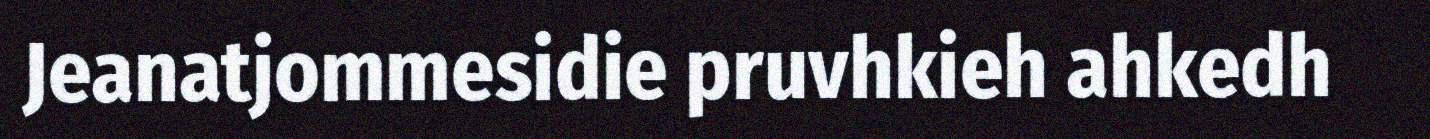
Jeanatjommesidie pruvhkieh ahkedh